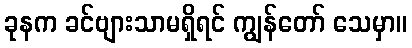
ခုနက ခင်ဗျားသာမရှိရင် ကျွန်တော် သေမှာ။